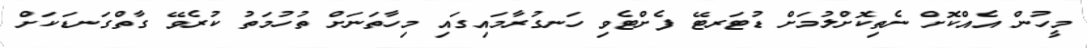
މީހުން އެއްކޮށް ނެތިކޮށްލުމަށް ޑުޓަރޓޭ ފެށްޓެވި ހަނގުރާމައިގައި މިހާތަނަށް ތުހުމަތު ކުރެވޭ ގާތްގަނޑަކަށް